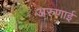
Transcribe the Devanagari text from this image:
अरुणाई